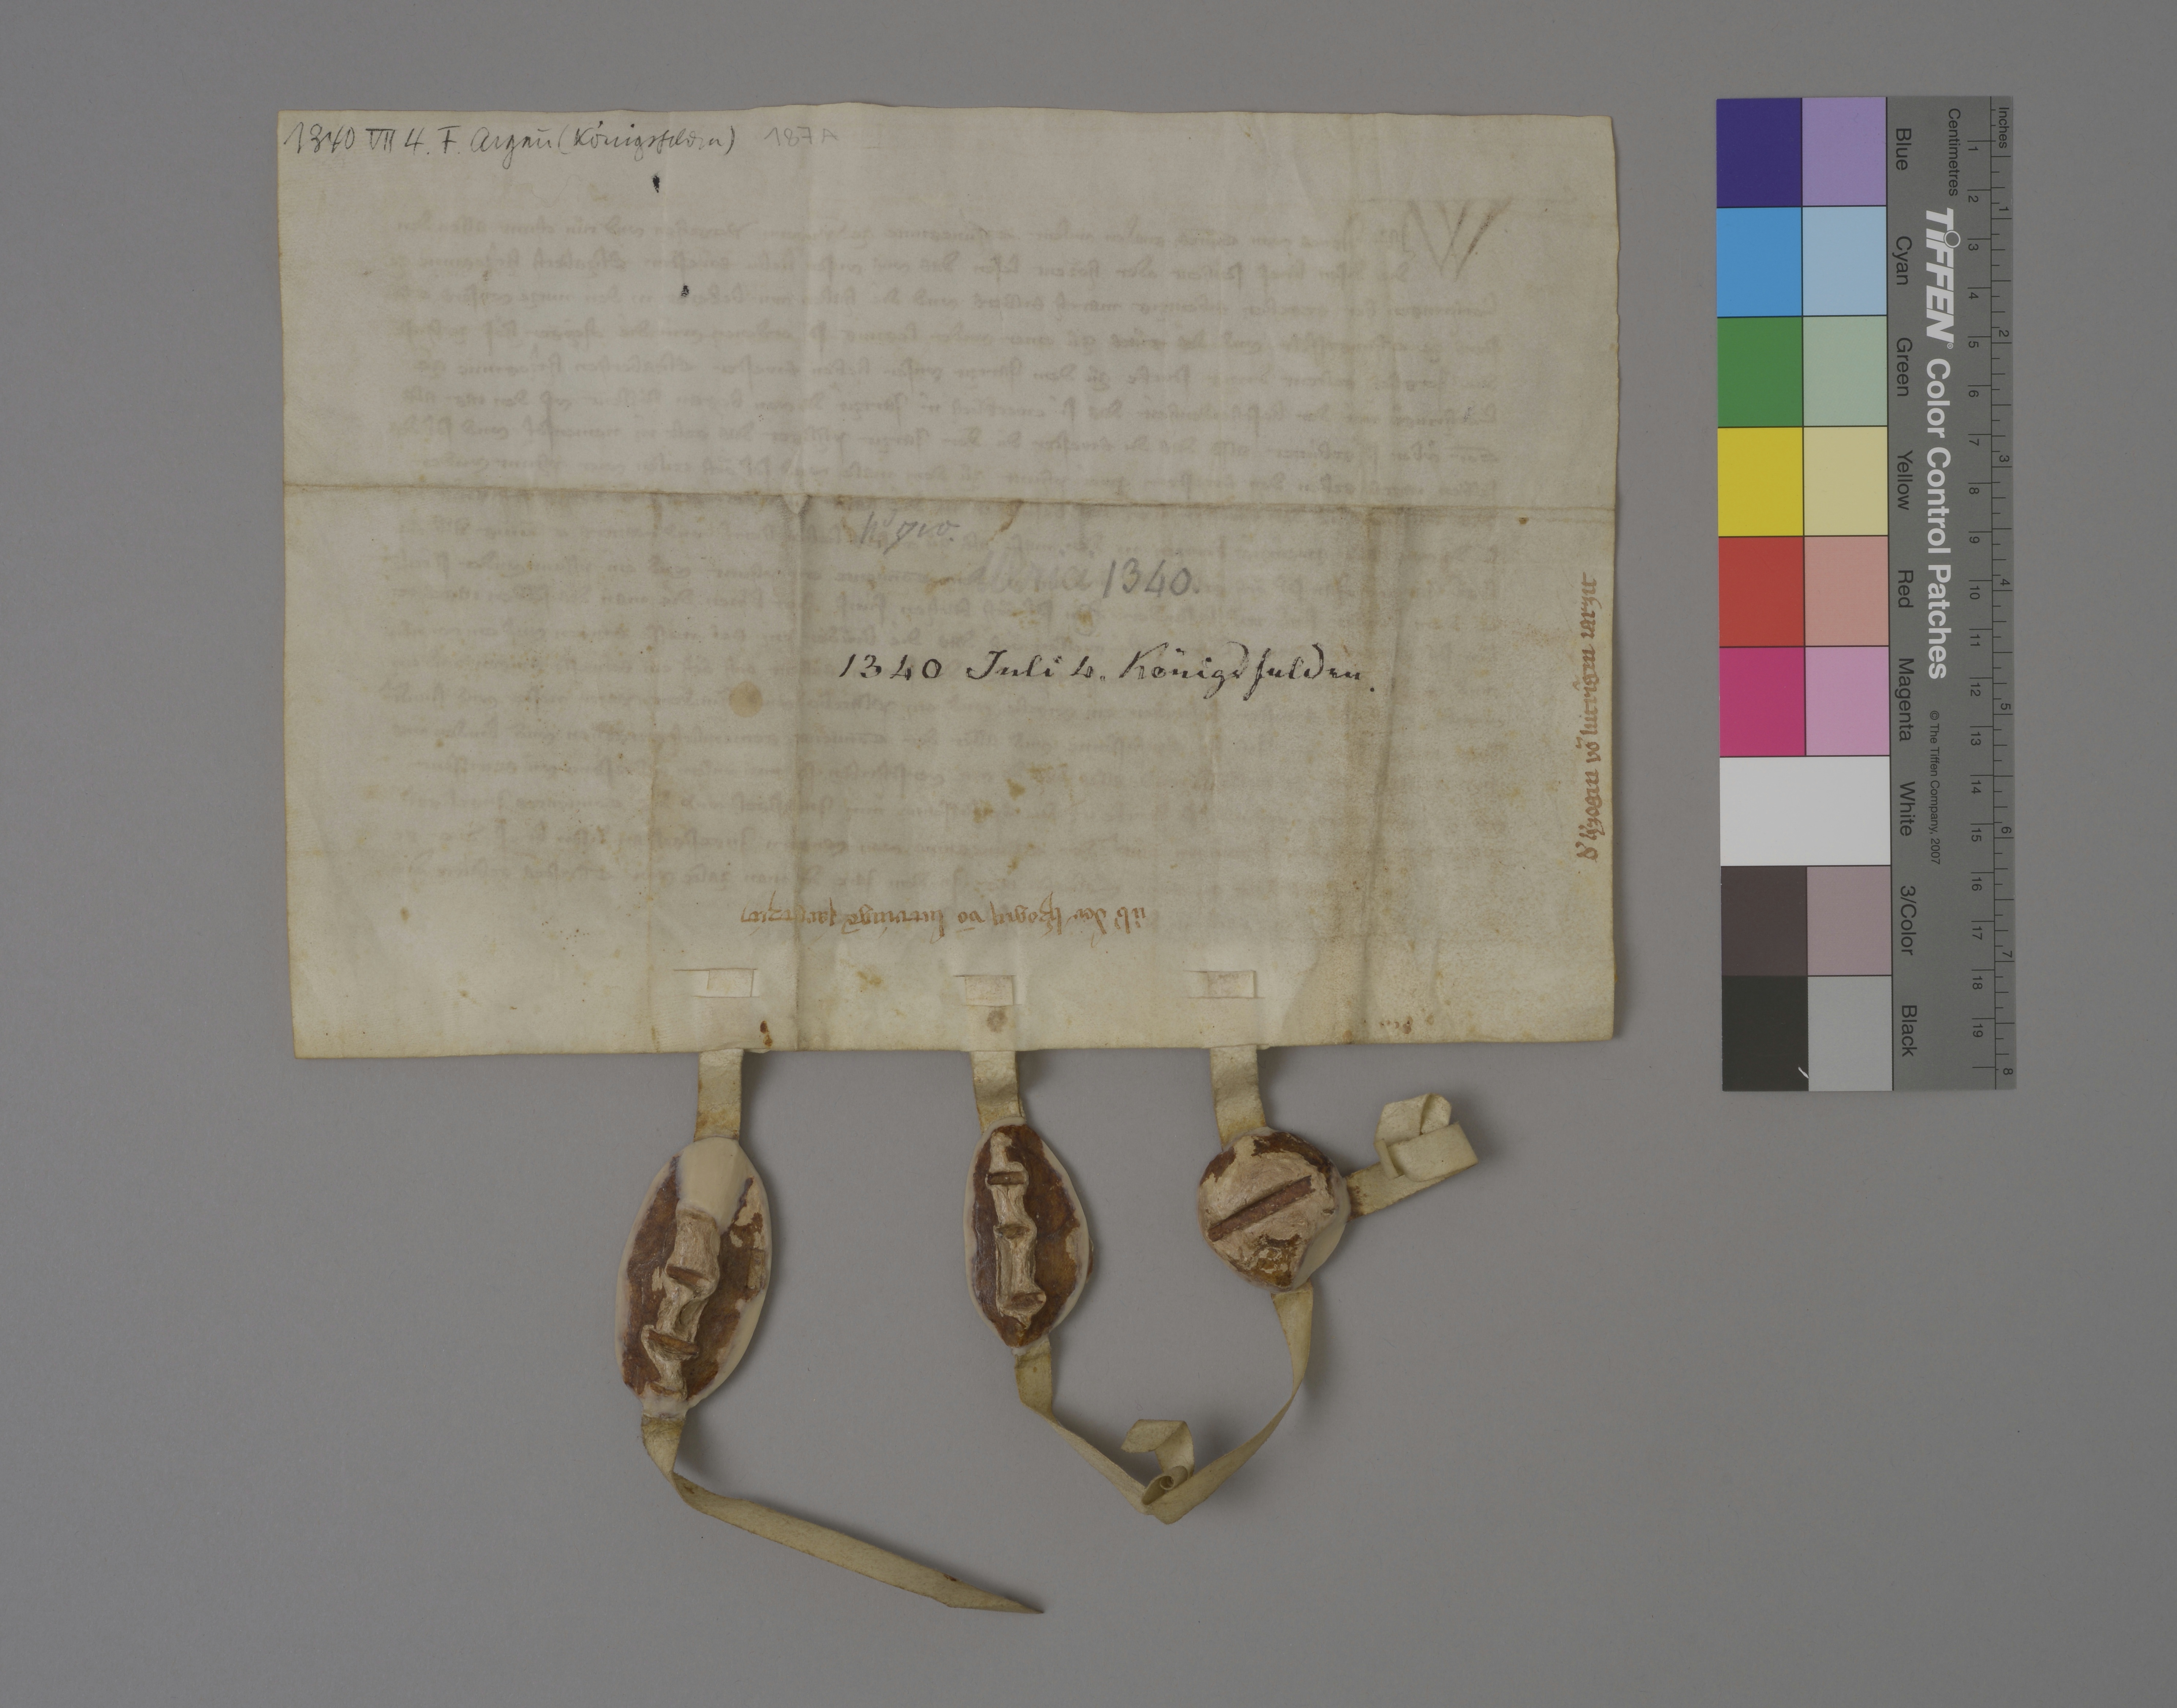
1340 VII 4 . F. Argaù ( Königsfelden )

187 A

Nͦ. 710.

Ulrici

1340 .

dˀ hˀzogin vō Lutrīgin jarzit

1 9

1340 Juli 4. Königsfelden.

ùbˀ der hˀzogin vō Lutringē jargtzit ✳